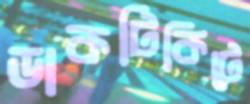
ডাকটিকিটে